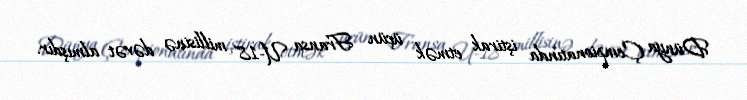
Dünya Çempionatında iştirak etmək üçün Fransa U-18 millisinə dəvət almışdır.